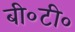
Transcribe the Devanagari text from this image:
बी०टी०